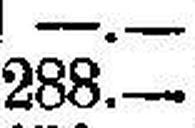
288.—